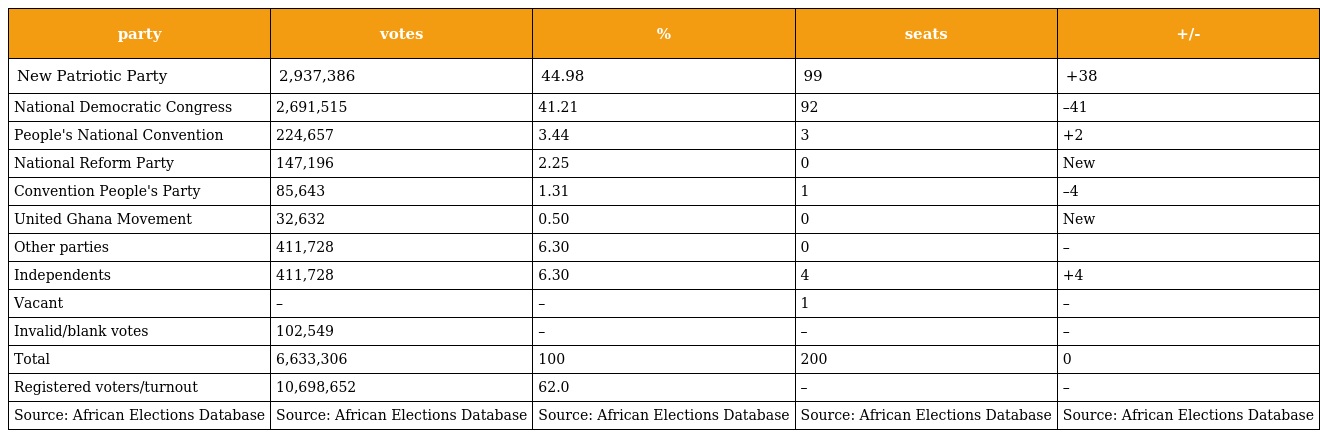
| party | votes | % | seats | +/- |
 | --- | --- | --- | --- | --- |
 | New Patriotic Party | 2,937,386 | 44.98 | 99 | +38 |
 | National Democratic Congress | 2,691,515 | 41.21 | 92 | –41 |
 | People's National Convention | 224,657 | 3.44 | 3 | +2 |
 | National Reform Party | 147,196 | 2.25 | 0 | New |
 | Convention People's Party | 85,643 | 1.31 | 1 | –4 |
 | United Ghana Movement | 32,632 | 0.50 | 0 | New |
 | Other parties | 411,728 | 6.30 | 0 | – |
 | Independents | 411,728 | 6.30 | 4 | +4 |
 | Vacant | – | – | 1 | – |
 | Invalid/blank votes | 102,549 | – | – | – |
 | Total | 6,633,306 | 100 | 200 | 0 |
 | Registered voters/turnout | 10,698,652 | 62.0 | – | – |
 | Source: African Elections Database | Source: African Elections Database | Source: African Elections Database | Source: African Elections Database | Source: African Elections Database |